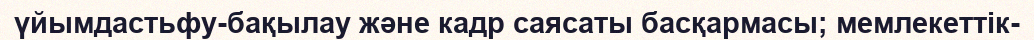
үйымдастьфу-бақылау және кадр саясаты басқармасы; мемлекеттік-